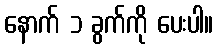
နောက် ၁ ခွက်ကို ပေးပါ။